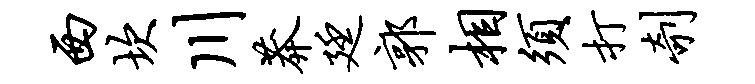
西坎川莽廷郭相须打剞